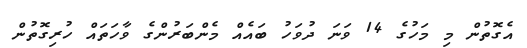
އެގޮތުން މި މަހުގެ 14 ވަނަ ދުވަހު ބައެއް މެންބަރުންގެ ވާހަތައް ހުރިގޮތުން